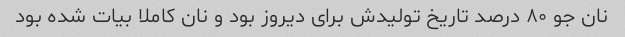
نان جو ۸۰ درصد تاریخ تولیدش برای دیروز بود و نان کاملا بیات شده بود